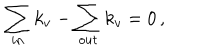
\sum _ { i n } k _ { v } - \sum _ { o u t } k _ { v } = 0 \, ,